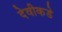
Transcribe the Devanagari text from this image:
देवीकडे